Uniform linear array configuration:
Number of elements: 12
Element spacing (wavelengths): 0.5
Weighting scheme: cosine
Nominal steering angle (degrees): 60
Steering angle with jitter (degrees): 59.471
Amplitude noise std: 0.05
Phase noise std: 0.05

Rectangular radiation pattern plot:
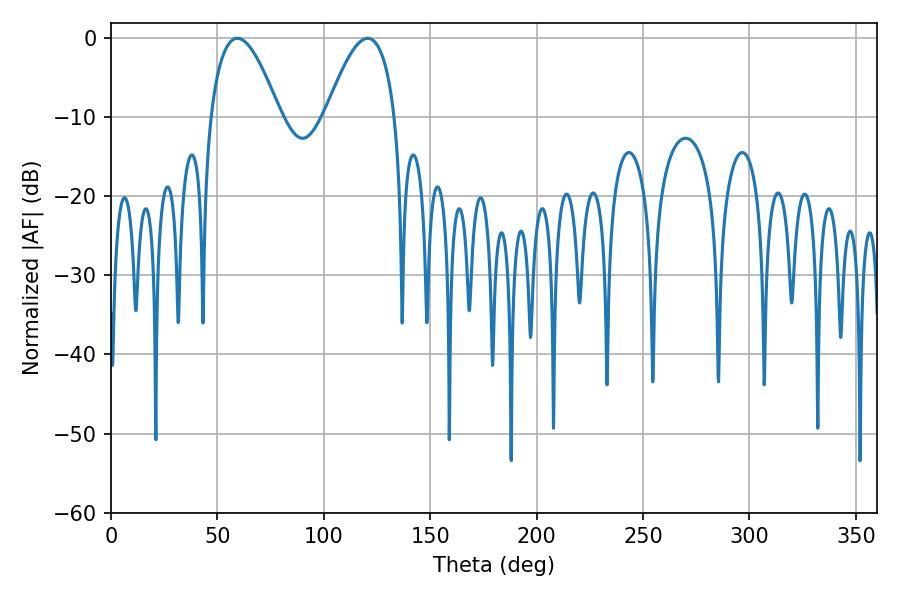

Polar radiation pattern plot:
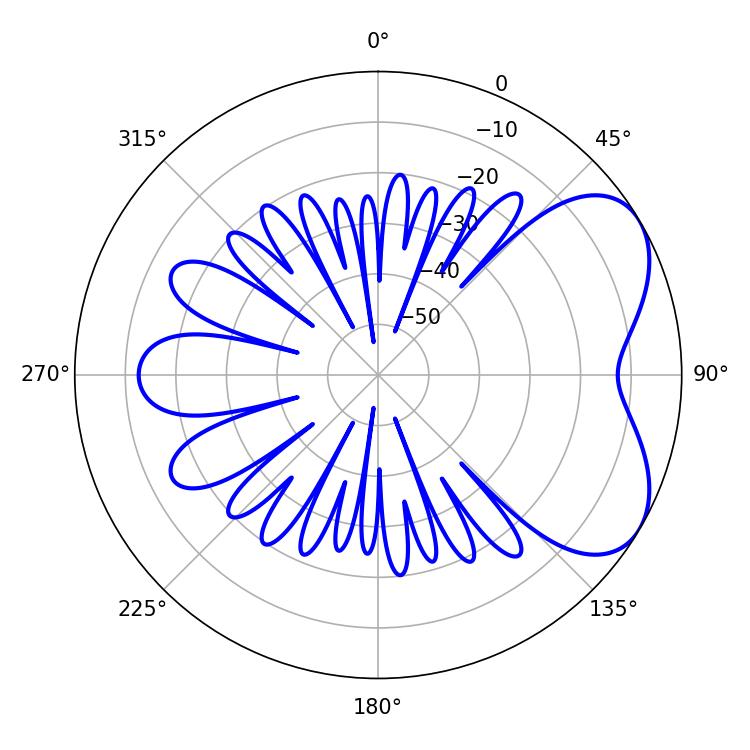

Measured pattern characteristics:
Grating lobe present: FALSE
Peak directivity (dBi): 5.426
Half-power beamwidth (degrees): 17.82
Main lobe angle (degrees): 59.4